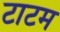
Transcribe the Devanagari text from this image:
टाटम